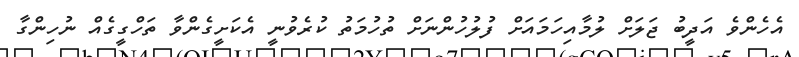
އެހެންވެ އަދީބު ޖަލަށް ލުމާއިހަމައަށް ފުލުހުންނަށް ތުހުމަތު ކުރެވުނީ އެކަށީގެންވާ ތަހްގީގެއް ނުހިންގާ